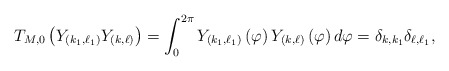
\begin{align*}T_{M,0}\left( Y_{\left( k_{1},\ell_{1}\right) }Y_{\left( k,\ell\right)}\right) =\int_{0}^{2\pi}Y_{\left( k_{1},\ell_{1}\right) }\left(\varphi\right) Y_{\left( k,\ell\right) }\left( \varphi\right)d\varphi=\delta_{k,k_{1}}\delta_{\ell,\ell_{1}}, \end{align*}